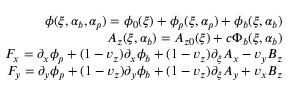
\begin{array} { r } { \phi ( \xi , \alpha _ { b } , \alpha _ { p } ) = \phi _ { 0 } ( \xi ) + \phi _ { p } ( \xi , \alpha _ { p } ) + \phi _ { b } ( \xi , \alpha _ { b } ) } \\ { A _ { z } ( \xi , \alpha _ { b } ) = A _ { z 0 } ( \xi ) + c \Phi _ { b } ( \xi , \alpha _ { b } ) } \\ { F _ { x } = \partial _ { x } \phi _ { p } + ( 1 - v _ { z } ) \partial _ { x } \phi _ { b } + ( 1 - v _ { z } ) \partial _ { \xi } A _ { x } - v _ { y } B _ { z } } \\ { F _ { y } = \partial _ { y } \phi _ { p } + ( 1 - v _ { z } ) \partial _ { y } \phi _ { b } + ( 1 - v _ { z } ) \partial _ { \xi } A _ { y } + v _ { x } B _ { z } } \end{array}